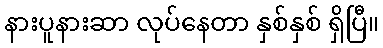
နားပူနားဆာ လုပ်နေတာ နှစ်နှစ် ရှိပြီ။